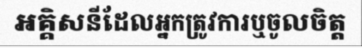
អគ្គិសនីដែលអ្នកត្រូវការឬចូលចិត្ត